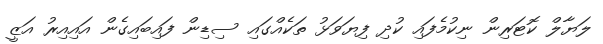
ލަޔާލް ކޮޓަރިން ނިކުމެފައި ކުދި ފިޔަވަޅު ތަކެއްގައި ސިޑިން ފައިބައިގެން އައިއިރު އަޒީ